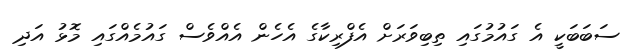
ސަބަބަކީ އެ ގައުމުގައި ތިބިވަރަށް އެފްރިކާގެ އެހެން އެއްްވެސް ގައުމެއްގައި މޮޅު އަދި